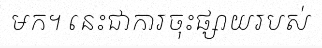
មក។ នេះជាការចុះផ្សាយរបស់